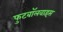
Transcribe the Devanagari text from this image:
फुटबॉलवाइस